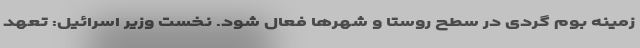
زمینه بوم گردی در سطح روستا و شهرها فعال شود. نخست وزیر اسرائیل: تعهد